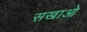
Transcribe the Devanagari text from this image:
सखाओ